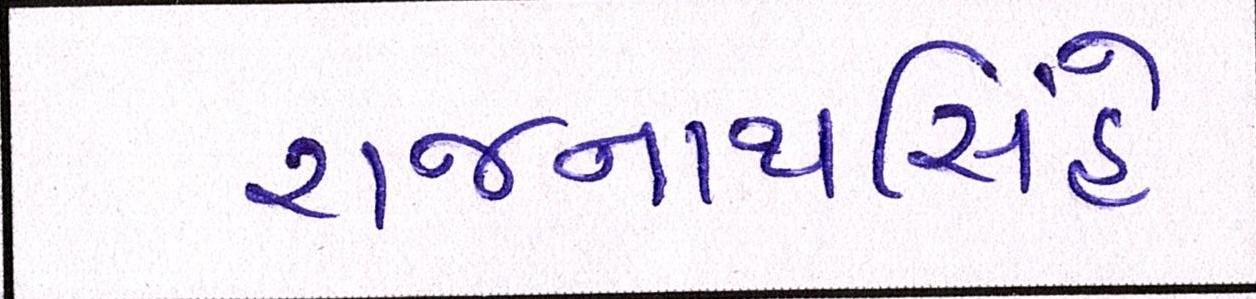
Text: રાજનાથસિંહે